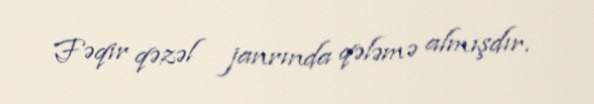
Fəqir qəzəl janrında qələmə almışdır.